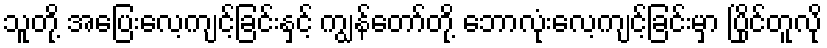
သူတို့ အပြေးလေ့ကျင့်ခြင်းနှင့် ကျွန်တော်တို့ ဘောလုံးလေ့ကျင့်ခြင်းမှာ ပြိုင်တူလို